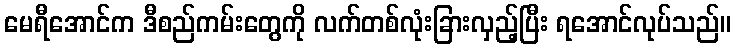
မေရီအောင်က ဒီစည်ကမ်းတွေကို လက်တစ်လုံးခြားလှည့်ပြီး ရအောင်လုပ်သည်။